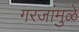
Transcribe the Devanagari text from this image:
गरजांमुळे